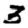
Digit: 3